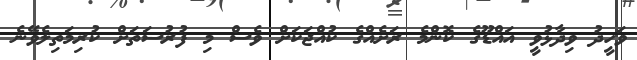
ވަހީދު ވިދާޅުވީ އައްޑޫގެ ކޮންމެ ރަށެއްގެ ކުއްޖަކަށް ވެސް މި ފުރުސަތަށް ކުރިމަތިލެވޭނެ